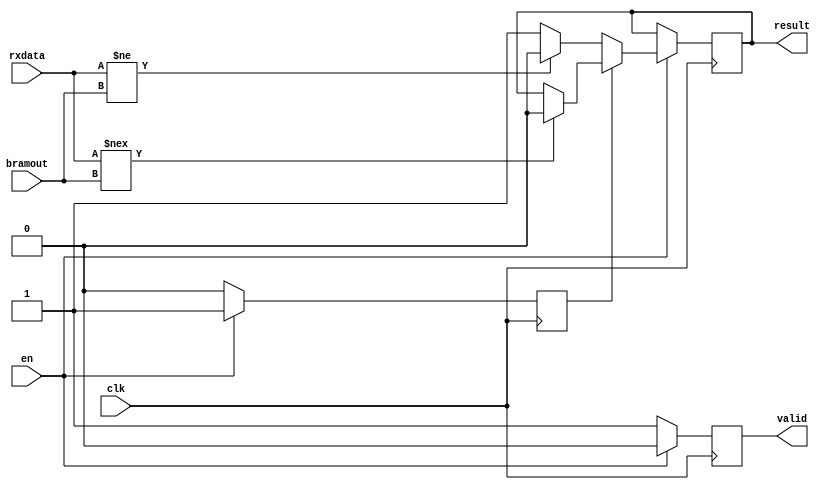
`timescale 1ns / 1ps
module comparator(
    input wire clk,
    //input wire [10:0] addr, //not needed...
    input wire [7:0] rxdata,
    input wire en,
    input wire [7:0] bramout,
    output reg valid,
    output reg result = 1'b0
    );
   reg firstprocessed = 1'b0;
   always @(posedge clk) begin
    if (en) begin
        valid <= 1'b0;
        if (!firstprocessed) begin
            firstprocessed <= 1'b1;
            if (rxdata != bramout)
                result <= 1'b0;
            else
                result <= 1'b1;
        end
        else begin // (from second data)
            if (rxdata !== bramout)
                result <= 1'b0;
            else result <= result;
        end
    end
    else begin
        firstprocessed <= 1'b0;
        valid <= 1'b1;
        result <= result;
    end
    end
    

endmodule